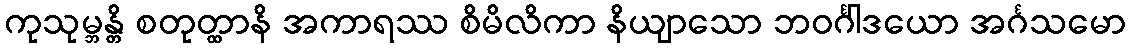
ကုသုမ္ဘန္တိ စတုတ္ထာနိ အကာရဿ စိမိလိကာ နိယျာသော ဘဝင်္ဂါဒယော အင်္ဂသမော